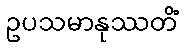
ဥပသမာနုဿတိံ